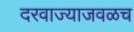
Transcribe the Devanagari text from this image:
दरवाज्याजवळच